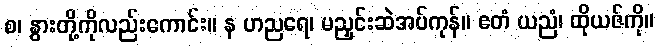
စ၊ နွားတို့ကိုလည်းကောင်း။ န ဟညရေ၊ မညှင်းဆဲအပ်ကုန်။ ဧတံ ယညံ၊ ထိုယဇ်ကို။